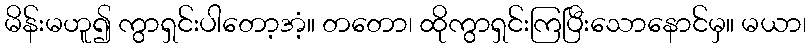
မိန်းမဟူ၍ ကွာရှင်းပါတော့အံ့။ တတော၊ ထိုကွာရှင်းကြပြီးသောနောင်မှ။ မယာ၊